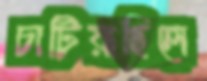
চাটিয়াছিলে